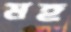
মহ